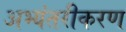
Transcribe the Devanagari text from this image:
अभ्यंतरीकरण